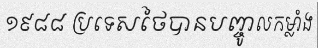
១៩៨៨ ប្រទេសថៃបានបញ្ចូលកម្លាំង